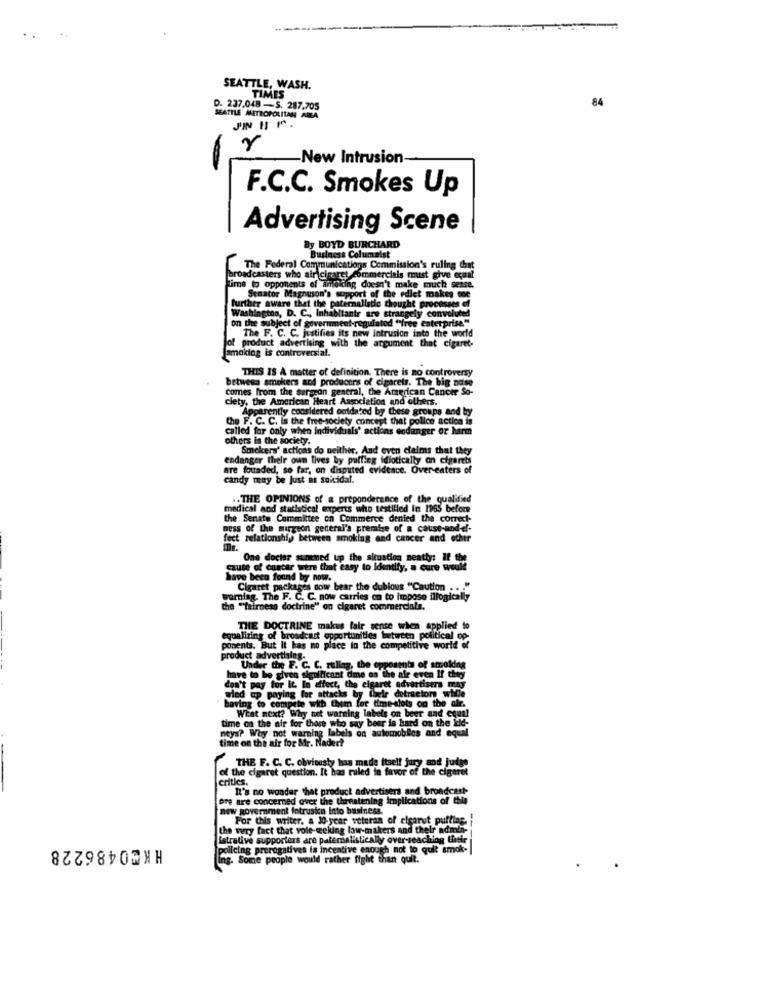
--
SEATTLE, WASH.
TIMES
84
D. 237.048 -S. 287,705
SEATTLE METROPOLITAN AREA
JIN 13 M .
r
-New Intrusion-
F.C.C. Smokes Up
Advertising Scene
By BOYD BURCHARD
Business Columnist
The Federal Communications Commission's ruling that
broadcasters who air cisaret commercials must give ecual
Time to opponents of anfolding doesn't make much sense.
further aware that the pa
Senator Magnuson's support of the edlet makes mne
that the paternallsdie thought processes of
on the subject of government-regulated "free enterprise"
ashington, D. C ., Inhabitantr are strangely convoluted
The F. C. C. justifies its new intrusion into the world
Jof product advertising with the argument that cigaret-
Smoking is controversial.
THIS IS A matter of definition. There is no controversy
between smokers and producers of cigarets. The big nose
comes from the surgeon general, the American Cancer So-
clety, the American Heart Association and others.
Apparently considered outdated by these groups and by
the F. C. C. Is the free-society concept that police action is
called for only when individuals' actions endanger or harm
others in the society.
Smokers' actions do neither, And even claims that they
endanger their oun lives by puffing idiotically on cigarets
are founded, so far, on disputed evidence. Over-eaters of
candy may be just as suicidal.
.. THE OPINIONS of a preponderance of the qualified
il and statistical experts who testified In 1965 before
the Senate Committee on Commerce denied the correct-
ness of the surgeon general's premise of a cause-and-el-
fect relationship between smoking and cancer and other
One docter summed up the situation neatly: If the
cause of cuscar mere that easy to Identify, a cure would
have been found by now.
Cigaret packages sow bear the dubious "Caution :- "
warning. The F. C. C. now carries on to impose illogically
the ""fairness doctrine" on cigaret commercials.
THE DOCTRINE makes fair sense when applied to
equalizing of broadcast opportunities between political op-
ponents. But It has no place to the competitive world of
product advertising.
Under the F. C. C. rullag, the opposents of smoking
have to be given significant dme on the air even If they
wind up paying for attacks by their detractors wh
don't pay for it. In effect, the cigaret advertisers may
having to compete with them for time-slots od the air.
What next? Why not warning labels on beer and equal
neys? Why not warning labels on automobiles and equal
time on the air for those who say beer in hard on the kid-
time on the air for Mr. Nader?
of the cigaret question. It has ruled in favor of the cigaret
THE F. C. C. obviously has made Itself jury and judge
crities.
It's no wonder that product advertisers and broadcast-
ore are concerned over the threatening implications of this
new government intruskn Into business.
For this writer. a 10 year veteran of cigarut puffing.
the wury fact that vole-weeking low-makers and their adml
HKE0486228
strative supporters are palemalistically over-reaching their
policing prerogatives is incentive enough not to quit
Some people would rather fight than quit.